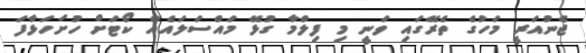
ޖެނުއަރީ މަހުގެ ތެރޭގައި ވަނީ މި ފިލްމާ ގުޅޭ މައްސަލައެއް ކޯޓަށް ހުށަހަޅާފަ